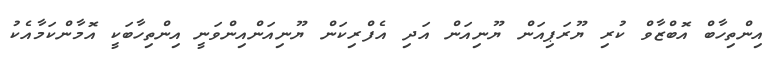
އިންތިހާބް އޮބްޒާވް ކުރި ޔޫރަޕިއަން ޔޫނިއަން އަދި އެފްރިކަން ޔޫނިއަންއިންވަނީ އިންތިހާބަކީ އޮމާންކަމާއެކު